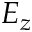
E _ { z }